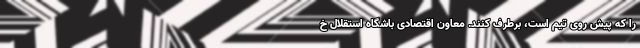
را که پیش روی تیم است، برطرف کنند. معاون اقتصادی باشگاه استقلال خ